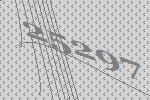
25297